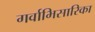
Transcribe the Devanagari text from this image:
गर्वाभिसारिका